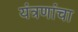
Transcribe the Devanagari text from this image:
यंत्रणांचा